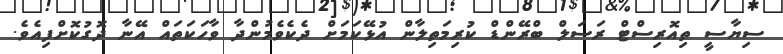
ސިޔާސީ ތިއޮރިސްޓް ރަސަލް ބްރޭންޑް ކުރިމަތިލާން އުޅޭކަމަށް ދެކެވެމުންދާ ވާހަކަތައް އޭނާ ދޮގުކޮށްފިއެވެ.